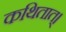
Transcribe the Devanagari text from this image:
कथितात्।